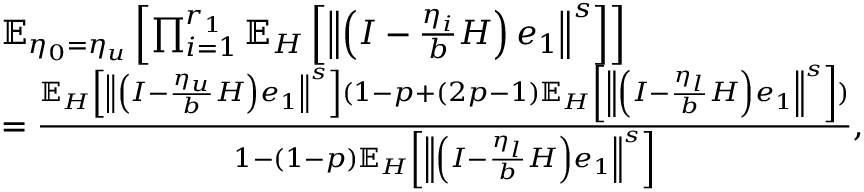
\begin{array} { r l } & { \mathbb { E } _ { \eta _ { 0 } = \eta _ { u } } \left[ \prod _ { i = 1 } ^ { r _ { 1 } } \mathbb { E } _ { H } \left[ \left\Vert \left( I - \frac { \eta _ { i } } { b } H \right) e _ { 1 } \right\Vert ^ { s } \right] \right] } \\ & { = \frac { \mathbb { E } _ { H } \left[ \left\Vert \left( I - \frac { \eta _ { u } } { b } H \right) e _ { 1 } \right\Vert ^ { s } \right] ( 1 - p + ( 2 p - 1 ) \mathbb { E } _ { H } \left[ \left\Vert \left( I - \frac { \eta _ { l } } { b } H \right) e _ { 1 } \right\Vert ^ { s } \right] ) } { 1 - ( 1 - p ) \mathbb { E } _ { H } \left[ \left\Vert \left( I - \frac { \eta _ { l } } { b } H \right) e _ { 1 } \right\Vert ^ { s } \right] } , } \end{array}